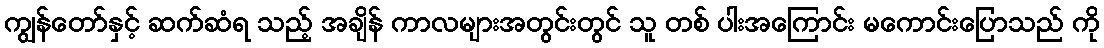
ကျွန်တော်နှင့် ဆက်ဆံရ သည့် အချိန် ကာလများအတွင်းတွင် သူ တစ် ပါးအကြောင်း မကောင်းပြောသည် ကို